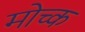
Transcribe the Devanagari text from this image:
मोच्क